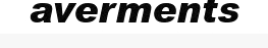
averments